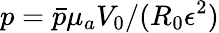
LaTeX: p=\bar{p}{\mu}_{a}V_{0}/(R_{0}{\epsilon}^{2})